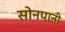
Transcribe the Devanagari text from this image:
सोनपानी